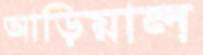
আড়িয়াল